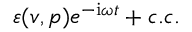
\varepsilon ( \boldsymbol { v } , p ) e ^ { - \mathrm { i } \omega t } + c . c .